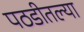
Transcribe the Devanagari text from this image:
पठडीतल्या